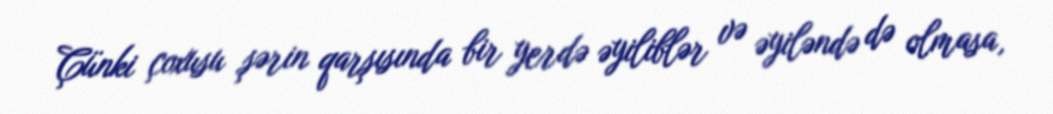
Çünki çoxusu şərin qarşısında bir yerdə əyiliblər və əyiləndə də olmasa,